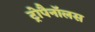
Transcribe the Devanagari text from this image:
ट्रोपैनॉलस